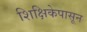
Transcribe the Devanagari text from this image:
शिक्षिकेपासून